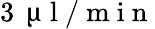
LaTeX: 3\, \mathrm{~\textmu~l~/~m~i~n~}